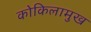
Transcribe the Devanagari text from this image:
कोकिलामुख